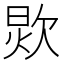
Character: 𰙏